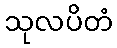
သုလပိတံ